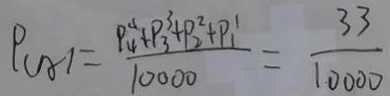
P _ { ( A ) } = \frac { P _ { 4 } ^ { 4 } + P _ { 3 } ^ { 3 } + + P _ { 2 } ^ { 2 } + P _ { 1 } ^ { 1 } } { 1 0 0 0 0 } = \frac { 3 3 } { 1 0 0 0 0 }